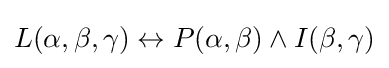
L(\alpha ,\beta ,\gamma )\leftrightarrow P(\alpha ,\beta )\land I(\beta ,\gamma )